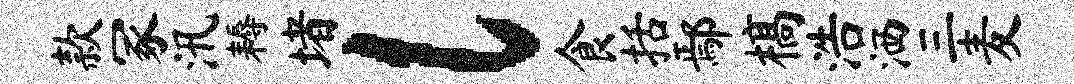
款冢汛耨堵l食括鄢槁浩洒三麦